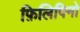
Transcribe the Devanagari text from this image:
फ़िलिपिनो